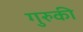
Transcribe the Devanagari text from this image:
गुरुकी